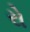
રો